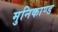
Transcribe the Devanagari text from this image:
मुनिकाण्ड